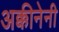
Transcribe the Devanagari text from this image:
अक्कीनेनी